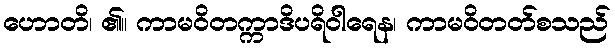
ဟောတိ၊ ၏။ ကာမဝိတက္ကာဒိပရိဝါရေန၊ ကာမဝိတတ်စသည်